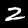
Digit: 2